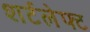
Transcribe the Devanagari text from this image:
शर्टलेफ्ट